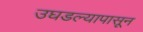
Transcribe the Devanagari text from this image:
उघडल्यापासून